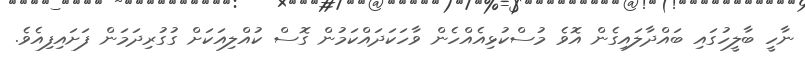
ނާހީ ބާލީހުގައި ބައްދާލައިގެން އޮވެ މުސްކުޅިއެއްހެން ވާހަކަދައްކަމުން ގޮސް ކުއްލިއަކަށް ގުގުރިދަމަން ފަށައިފިއެވެ.